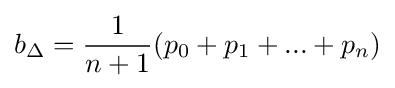
b_{\Delta }={\frac {1}{n+1}}(p_{0}+p_{1}+...+p_{n})